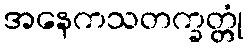
အနေကသတက္ခတ္တုံ